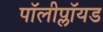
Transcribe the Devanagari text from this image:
पॉलीप्लॉयड